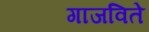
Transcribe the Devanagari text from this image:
गाजविते